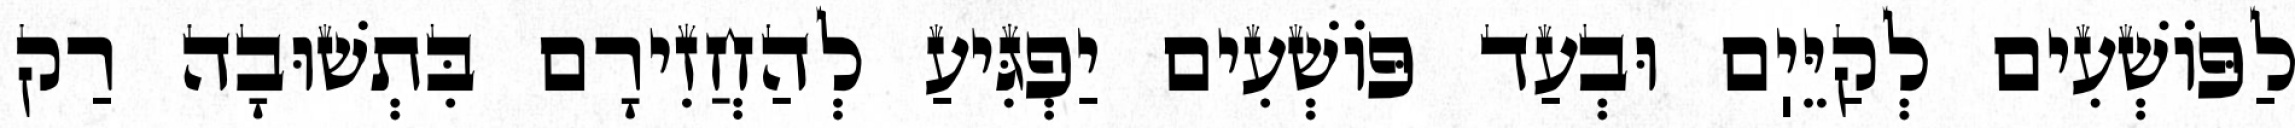
לַפּוֹשְׁעִים לְקַיֵּיֽם וּבְעַד פּוֹשְׁעִים יַפְגִּיעַ לְהַחֲזִירָם בִּתְשׁוּבָה רַק